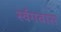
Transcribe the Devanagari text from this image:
र्स्वगवास